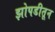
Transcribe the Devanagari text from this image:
झोपडीतून